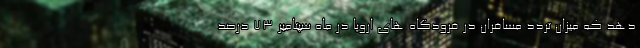
دهد که میزان تردد مسافران در فرودگاه های اروپا در ماه سپتامبر ۷۳ درصد